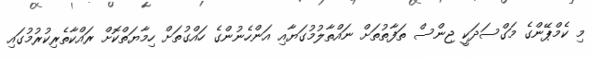
މި ކެމްޕޭންގެ މަގްސަދަކީ ޖިންސް ތަފާތުތަށް ނައްތާލުމުގަޔާއި އަންހެނުންގެ ހައްގުތަށް ހިމާޔަތްކޮށް ރައްކާތެރިކުރުމުގައި